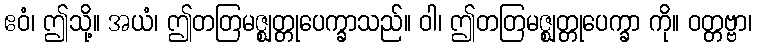
ဧဝံ၊ ဤသို့။ အယံ၊ ဤတတြမဇ္ဈတ္တုပေက္ခာသည်။ ဝါ၊ ဤတတြမဇ္ဈတ္တုပေက္ခာ ကို။ ဝတ္တဗ္ဗာ၊